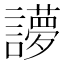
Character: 𰵉